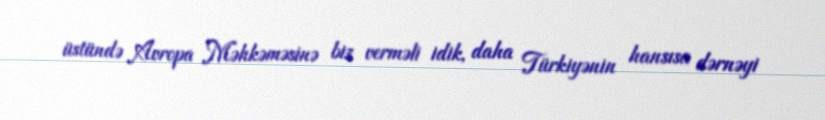
üstündə Avropa Məhkəməsinə biz verməli idik, daha Türkiyənin hansısa dərnəyi